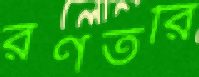
রণতরি